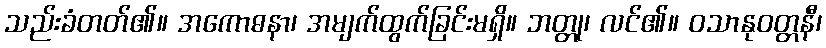
သည်းခံတတ်၏။ အကောဓနာ၊ အမျက်ထွက်ခြင်းမရှိ။ ဘတ္တု၊ လင်၏။ ဝသာနုဝတ္တနီ၊